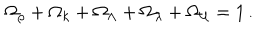
LaTeX: \Omega _ { \rho } + \Omega _ { k } + \Omega _ { \Lambda } + \Omega _ { \lambda } + \Omega _ { \cal U } = 1 \, .